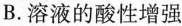
B.溶液的酸性增强